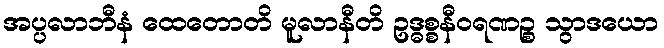
အပ္ပလာဘီနံ ထေတောတိ မူလာနီတိ ဥဒ္ဓစ္စနီဝရဏဉ္စ သွာဒယော